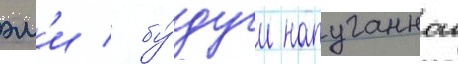
эм'и / бу́дучи напуганнои